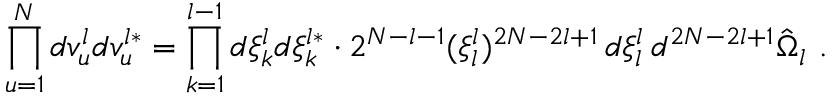
\prod _ { u = 1 } ^ { N } d v _ { u } ^ { l } d v _ { u } ^ { l * } = \prod _ { k = 1 } ^ { l - 1 } d \xi _ { k } ^ { l } d \xi _ { k } ^ { l * } \cdot 2 ^ { N - l - 1 } ( \xi _ { l } ^ { l } ) ^ { 2 N - 2 l + 1 } \, d \xi _ { l } ^ { l } \, d ^ { 2 N - 2 l + 1 } \hat { \Omega } _ { l } \ .